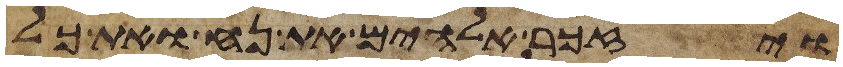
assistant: ויזכר אלהים את נח ואת כל